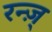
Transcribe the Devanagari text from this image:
रन्ज़्